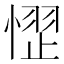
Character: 𪬞